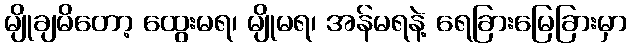
မျိုချမိတော့ ထွေးမရ၊ မျိုမရ၊ အန်မရနဲ့ ရေခြားမြေခြားမှာ